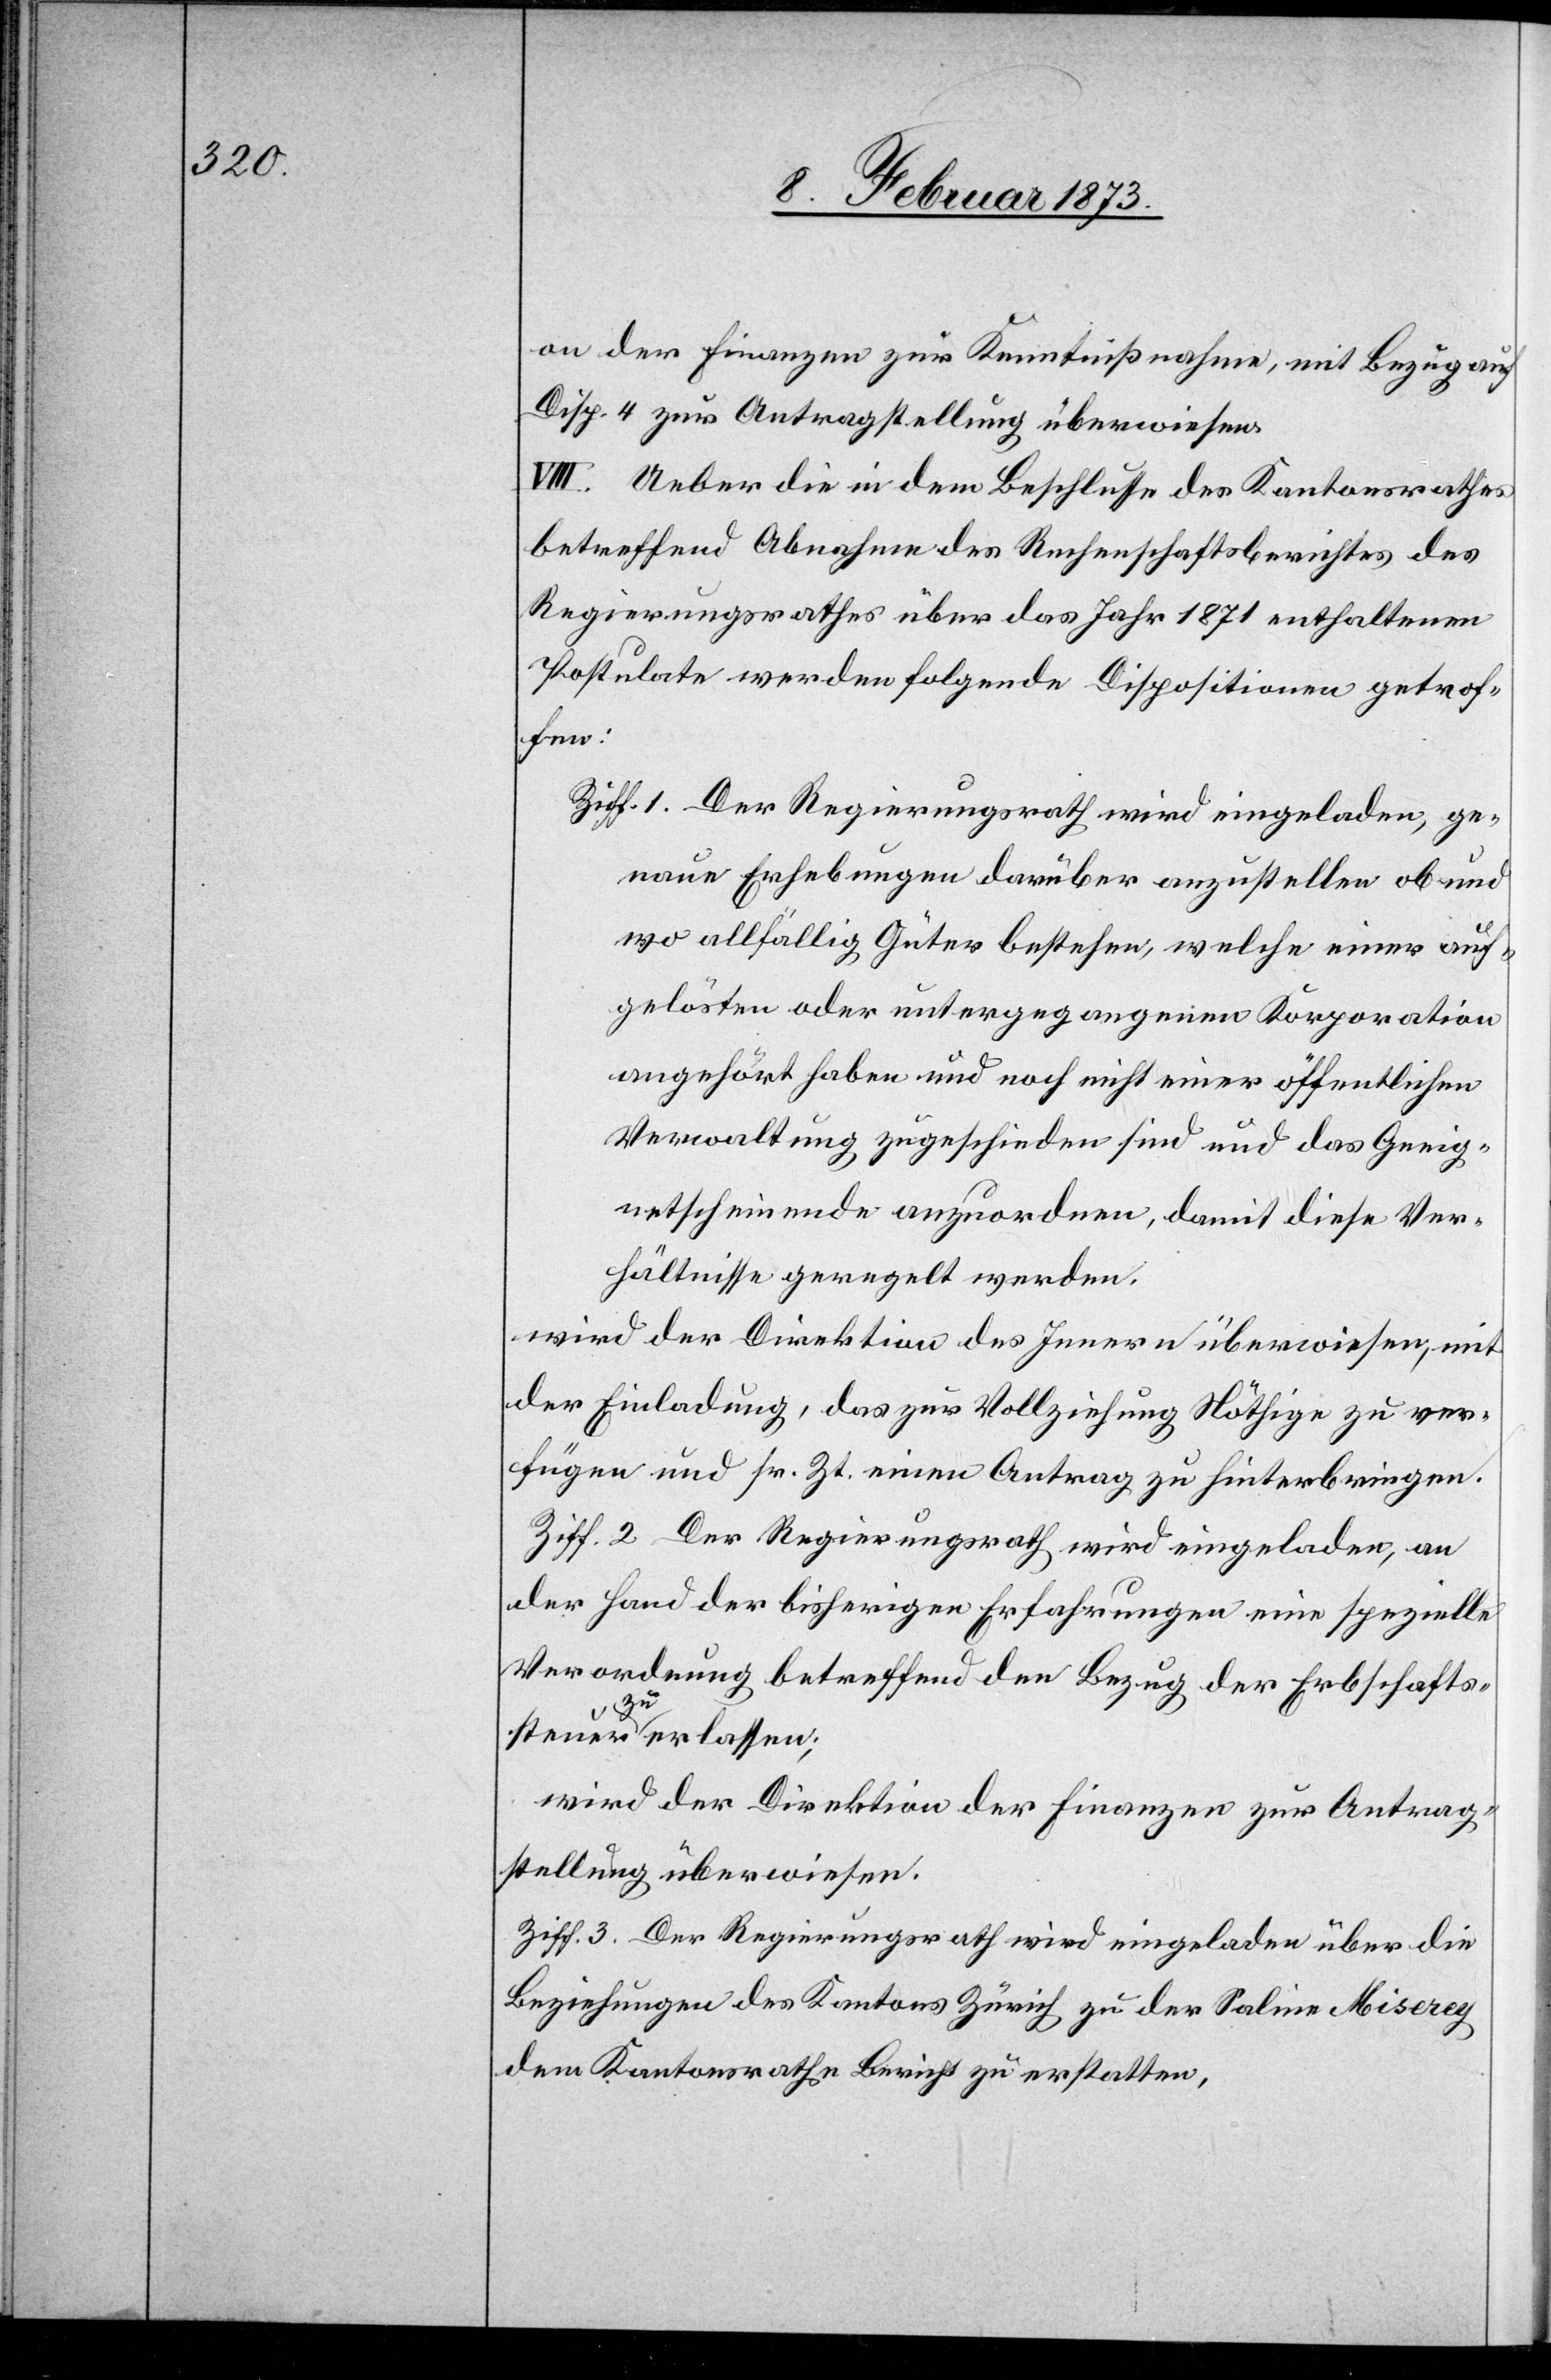
on der Finanzen zur Kenntnißnahme, mit Bezug auf
Disp. 4 zur Antragstellung überwiesen.
VIII. Ueber die in dem Beschlusse des Kantonsrathes
betreffend Abnahme des Rechenschaftsberichtes des
Regierungsrathes über das Jahr 1871 enthaltenen
Postulate werden folgende Dispositionen getrof¬
fen:
Ziff. 1. Der Regierungsrath wird eingeladen, ge¬
naue Erhebungen darüber anzustellen ob und
wo allfällig Güter bestehen, welche einer auf¬
gelösten oder untergegangenen Korporation
angehört haben und noch nicht einer öffentlichen
Verwaltung zugeschieden sind und das Geeig¬
netscheinende anzuordnen, damit diese Ver¬
hältnisse geregelt werden.
wird der Direktion des Innern überwiesen, mit
der Einladung, das zur Vollziehung Nöthige zu ver¬
fügen und sr. Zt. einen Antrag zu hinterbringen.
Ziff. 2 Der Regierungsrath wird eingeladen, an
der Hand der bisherigen Erfahrungen eine spezielle
Verordnung betreffend den Bezug der Erbschafts¬
steuer zu erlassen;
wird der Direktion der Finanzen zur Antrag¬
stellung überwiesen.
Ziff. 3. Der Regierungsrath wird eingeladen über die
Beziehungen des Kantons Zürich zu der Salien Misereg
dem Kantonsrathe Bericht zu erstatten,